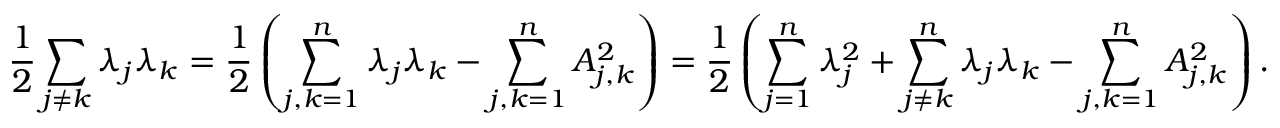
\frac { 1 } { 2 } \sum _ { j \neq k } \lambda _ { j } \lambda _ { k } = \frac { 1 } { 2 } \left( \sum _ { j , k = 1 } ^ { n } \lambda _ { j } \lambda _ { k } - \sum _ { j , k = 1 } ^ { n } A _ { j , k } ^ { 2 } \right) = \frac { 1 } { 2 } \left( \sum _ { j = 1 } ^ { n } \lambda _ { j } ^ { 2 } + \sum _ { j \neq k } ^ { n } \lambda _ { j } \lambda _ { k } - \sum _ { j , k = 1 } ^ { n } A _ { j , k } ^ { 2 } \right) .